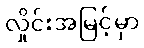
လှိုင်းအမြင့်မှာ